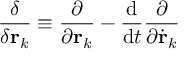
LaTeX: { \frac { \delta } { \delta \mathbf { r } _ { k } } } \equiv { \frac { \partial } { \partial \mathbf { r } _ { k } } } - { \frac { \mathrm { d } } { \mathrm { d } t } } { \frac { \partial } { \partial { \dot { \mathbf { r } } } _ { k } } }